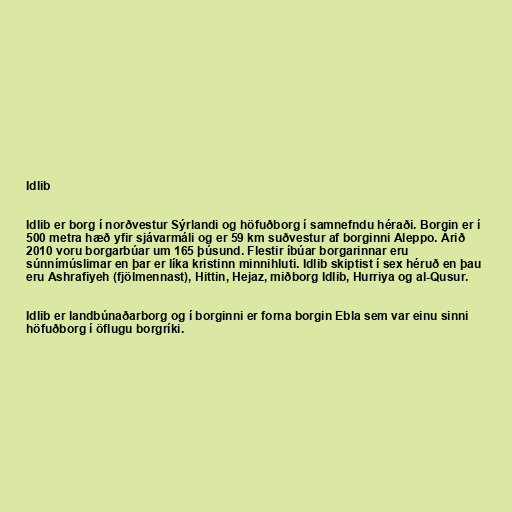
Idlib

Idlib er borg í norðvestur Sýrlandi og höfuðborg í samnefndu héraði. Borgin er í
500 metra hæð yfir sjávarmáli og er 59 km suðvestur af borginni Aleppo. Árið
2010 voru borgarbúar um 165 þúsund. Flestir íbúar borgarinnar eru
súnnímúslimar en þar er líka kristinn minnihluti. Idlib skiptist í sex héruð en þau
eru Ashrafiyeh (fjölmennast), Hittin, Hejaz, miðborg Idlib, Hurriya og al-Qusur.

Idlib er landbúnaðarborg og í borginni er forna borgin Ebla sem var einu sinni
höfuðborg í öflugu borgríki.